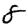
Digit: 8